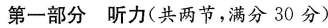
第一部分 听力(共两节，满分30分)